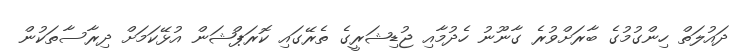
ދައުލަތް ހިންގުމުގެ ބާރަށްވުރެ ގާނޫނު ހެދުމާއި ޖުޑިޝަރީގެ ތެރޭގައި ކޮރަޕްޝަން އުޅޭކަމަށް ދިރާސާތަކުން